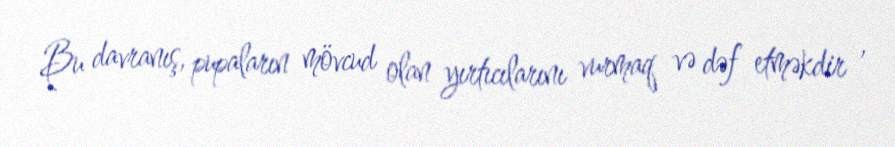
Bu davranış, pupaların mövcud olan yırtıcılarını vurmaq və dəf etməkdir ,